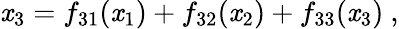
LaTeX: \mathit{x}_{3}=f_{31}(\mathit{x}_{1})+f_{32}(\mathit{x}_{2})+f_{33}(\mathit{x}_{3})\ ,